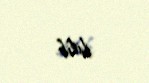
bilib.